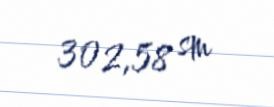
302,58 sm